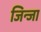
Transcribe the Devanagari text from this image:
जिन्जा